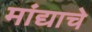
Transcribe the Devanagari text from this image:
मांद्याचे